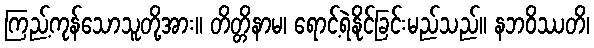
ကြည့်ကုန်သောသူတို့အား။ တိတ္တိနာမ၊ ရောင့်ရဲနိုင်ခြင်းမည်သည်။ နဘဝိဿတိ၊